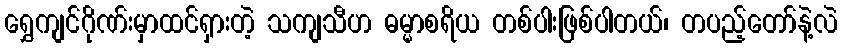
ရွှေကျင်ဂိုဏ်းမှာထင်ရှားတဲ့ သကျသီဟ ဓမ္မာစရိယ တစ်ပါးဖြစ်ပါတယ်၊ တပည့်တော်နဲ့လဲ